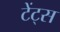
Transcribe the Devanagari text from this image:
टेंट्स